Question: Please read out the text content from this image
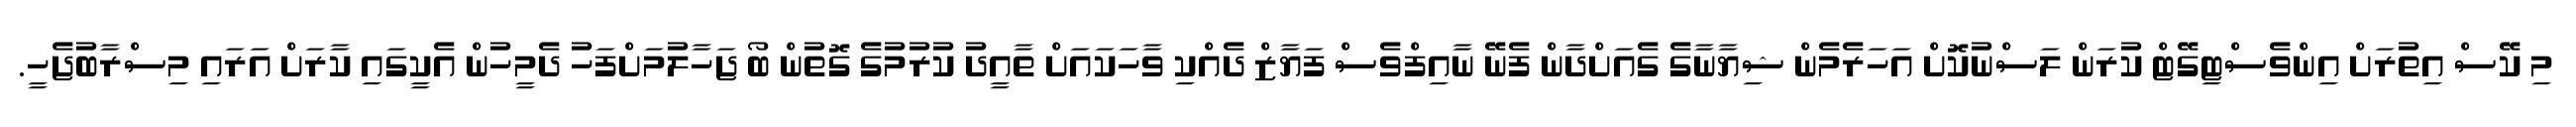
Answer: މި ކޭސް އިތުރަށް އިންވެސްޓިގޭޓް ކުރަން ލަސްނުކޮށް އަހަރެމެން ޝިޔާނާގެ ގެއަށްދާން ފެނޭ ނާއިފްވެސް ފަޔާޒް ދެއްކި ވާހަކައަށް ތާއީދު ކުރުމުގެ ގޮތުން ބޯ ޖަހާލުމަށްފަހު ދެމީހުން އެކީގައި ކާރަށް އަރައި މިސްރާބުޖެހީ.